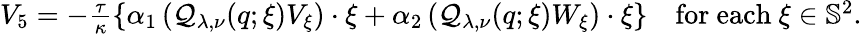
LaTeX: \begin{array}{r}{V_{5}=-\frac{\tau}{\kappa}\left\lbrace\alpha_{1}\left(\mathcal{Q}_{\lambda,\nu}(q;\xi)V_{\xi}\right)\cdot\xi+\alpha_{2}\left(\mathcal{Q}_{\lambda,\nu}(q;\xi)W_{\xi}\right)\cdot\xi\right\rbrace\quad\mathrm{for~each}~\xi\in\mathbb{S}^{2}.}\end{array}